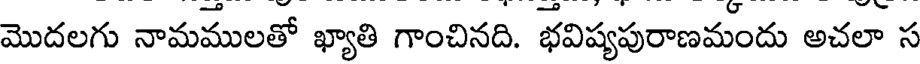
మొదలగు నామములతో ఖ్యాతి గాంచినది. భవిష్యపురాణమందు అచలా స